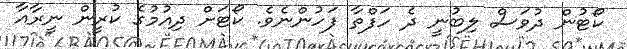
ކޯޓުން ދުވަސް ލިބުނީ ދެ ހަފްތާ ފަހުންނެވެ. ކޯޓަށް ދިއުމުގެ ކުރީން ނީރާއާ